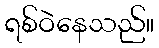
ရစ်ဝဲနေသည်။